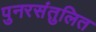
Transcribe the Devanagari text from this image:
पुनरसंतुलित